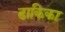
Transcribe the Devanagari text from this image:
ढाकिका